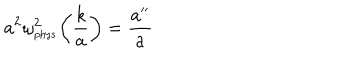
a ^ { 2 } \omega _ { _ \mathrm { p h y s } } ^ { 2 } \biggl ( \frac { k } { a } \biggr ) = \frac { a ^ { \prime \prime } } { a }